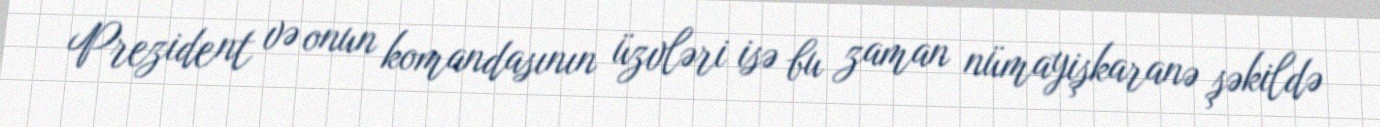
Prezident və onun komandasının üzvləri isə bu zaman nümayişkaranə şəkildə